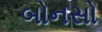
બોનસો